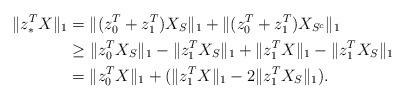
LaTeX: \begin{align*}\|z_\ast^T X\|_1 &= \|(z_0^T+z_1^T)X_S\|_1 +\|(z_0^T+z_1^T)X_{S^c}\|_1 \\&\ge \|z_0^T X_S\|_1 - \|z_1^TX_S\|_1 +\|z_1^T X\|_1 - \|z_1^T X_{S}\|_1\\&= \|z_0^T X\|_1 + (\|z_1^T X\|_1 - 2\|z_1^T X_{S}\|_1).\end{align*}